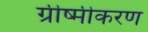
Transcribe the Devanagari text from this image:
ग्रीष्मीकरण